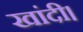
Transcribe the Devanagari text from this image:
खांदी।